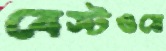
বেস্টওয়ে